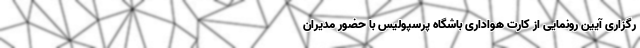
رگزاری آیین رونمایی از کارت هواداری باشگاه پرسپولیس با حضور مدیران